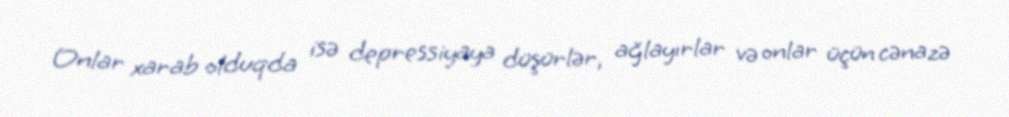
Onlar xarab olduqda isə depressiyaya düşürlər, ağlayırlar və onlar üçün cənazə